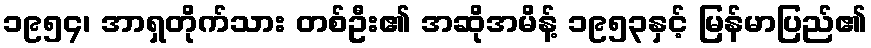
၁၉၅၄၊ အာရှတိုက်သား တစ်ဦး၏ အဆိုအမိန့် ၁၉၅၃နှင့် မြန်မာပြည်၏